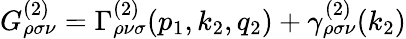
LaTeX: G_{\rho\sigma\nu}^{(2)}=\Gamma_{\rho\nu\sigma}^{(2)}(p_{1},k_{2},q_{2})+\gamma_{\rho\sigma\nu}^{(2)}(k_{2})